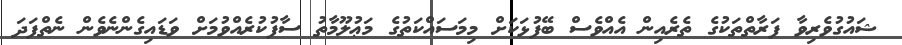
ޝައުގުވެރިވާ ފަރާތްތަކުގެ ތެރެއިން އެއްވެސް ބޭފުޅަކަށް މިމަސައްކަތުގެ މަޢުލޫމާތު ސާފުކުރެއްވުމަށް ވަޑައިގެންނެވެން ނެތްފަދަ